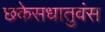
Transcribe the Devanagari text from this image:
छकेसधातुवंस